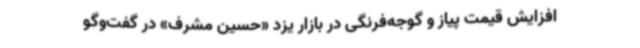
افزایش قیمت پیاز و گوجه‌فرنگی در بازار یزد «حسین مشرف» در گفت‌وگو